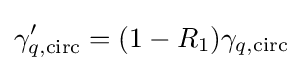
\gamma _{q,{\rm {circ}}}^{\prime }=(1-R_{1})\gamma _{q,{\rm {circ}}}